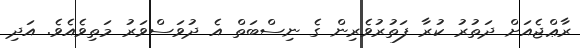
ރާޢްޖެއަށް ދަތުރު ކުރާ ފަތުރުވެރިން ގެ ނިސްބަތް އެ ދުވަސްވަރު މަތިވެއެވެ. އަދި